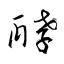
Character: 酵